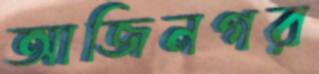
আজিনগর